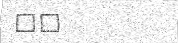
٤٣